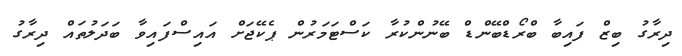
ދިރާގު ބިޒް ފައިބާ ބްރޯޑްބޭންޑް ބޭނުންކުރާ ކަސްޓަމަރުން ޕެކޭޖަށް އައިސްފައިވާ ބަދަލުތައް ދިރާގު